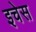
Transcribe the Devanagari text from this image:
इचेस